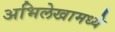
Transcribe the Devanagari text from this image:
अभिलेखामध्ये